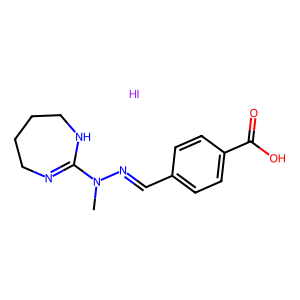
SMILES: CN(N=Cc1ccc(C(=O)O)cc1)C1=NCCCCN1.I
Inhibits HIV replication: No